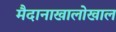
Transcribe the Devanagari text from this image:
मैदानाखालोखाल